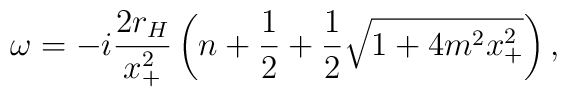
\omega = -i \frac{2r_{H}}{x_{+}^2} \left(n+\frac{1}{2} + \frac{1}{2}  \sqrt{1 + 4m^2 x_{+}^2}\right),